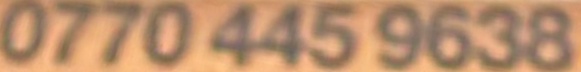
0770 445 9638